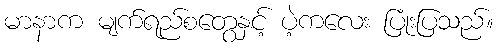
မာနာက မျက်ရည်စတွေနှင့် ပဲ့ကလေး ပြုံးပြသည်။